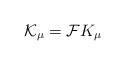
LaTeX: \begin{align*}{\cal K}_\mu = {\cal F} K_\mu\end{align*}